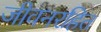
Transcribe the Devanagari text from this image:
जीवनरहित